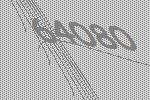
64080